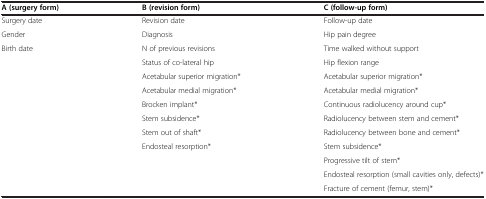
<table><thead><tr><td><b>A (surgery form)</b></td><td><b>B (revision form)</b></td><td><b>C (follow-up form)</b></td></tr></thead><tbody><tr><td>Surgery date</td><td>Revision date</td><td>Follow-up date</td></tr><tr><td>Gender</td><td>Diagnosis</td><td>Hip pain degree</td></tr><tr><td>Birth date</td><td>N of previous revisions</td><td>Time walked without support</td></tr><tr><td> </td><td>Status of co-lateral hip</td><td>Hip flexion range</td></tr><tr><td> </td><td>Acetabular superior migration*</td><td>Acetabular superior migration*</td></tr><tr><td> </td><td>Acetabular medial migration*</td><td>Acetabular medial migration*</td></tr><tr><td> </td><td>Brocken implant*</td><td>Continuous radiolucency around cup*</td></tr><tr><td> </td><td>Stem subsidence*</td><td>Radiolucency between stem and cement*</td></tr><tr><td> </td><td>Stem out of shaft*</td><td>Radiolucency between bone and cement*</td></tr><tr><td> </td><td>Endosteal resorption*</td><td>Stem subsidence*</td></tr><tr><td> </td><td> </td><td>Progressive tilt of stem*</td></tr><tr><td> </td><td> </td><td>Endosteal resorption (small cavities only, defects)*</td></tr><tr><td> </td><td> </td><td>Fracture of cement (femur, stem)*</td></tr></tbody></table>